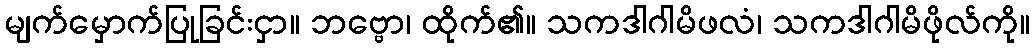
မျက်မှောက်ပြုခြင်းငှာ။ ဘဗ္ဗော၊ ထိုက်၏။ သကဒါဂါမိဖလံ၊ သကဒါဂါမိဖိုလ်ကို။